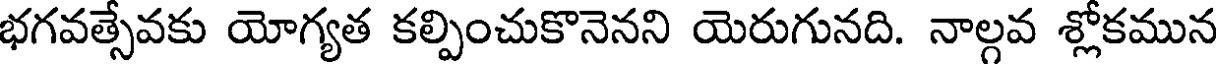
భగవత్సేవకు యోగ్యత కల్పించుకొనెనని యెరుగునది. నాల్గవ శ్లోకమున